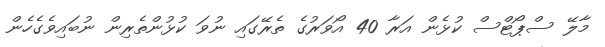
މާލޭ ސްޕޯޓްސް ކުޅެން އަރާ 40 އޯވަރުގެ ތެރޭގައި ނުވަ ކުޅުންތެރިން ނުބައިވެގެހެން